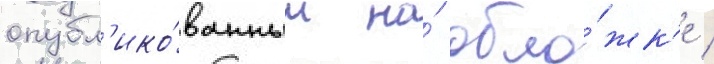
опубл'ико́ванным на́ обло́жк'е /